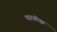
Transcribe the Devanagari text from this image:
नारबोझ